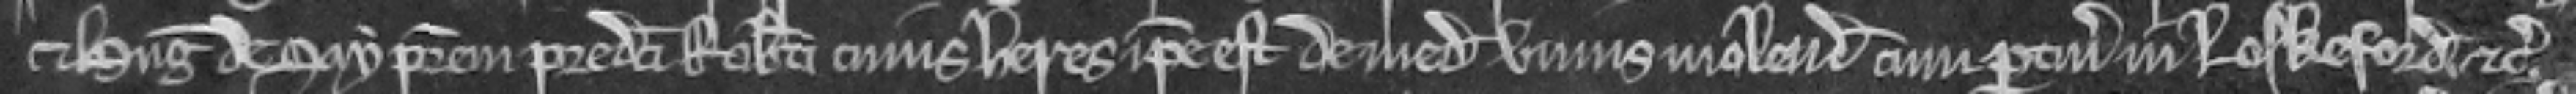
et Hugonem de Say patrem predicti Roberti cujus heres ipse est de medietate unius molendini cum pertinenciis in Loskeford etc.